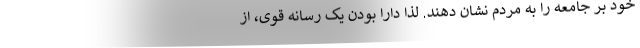
خود بر جامعه را به مردم نشان دهند. لذا دارا بودن یک رسانه قوی، از